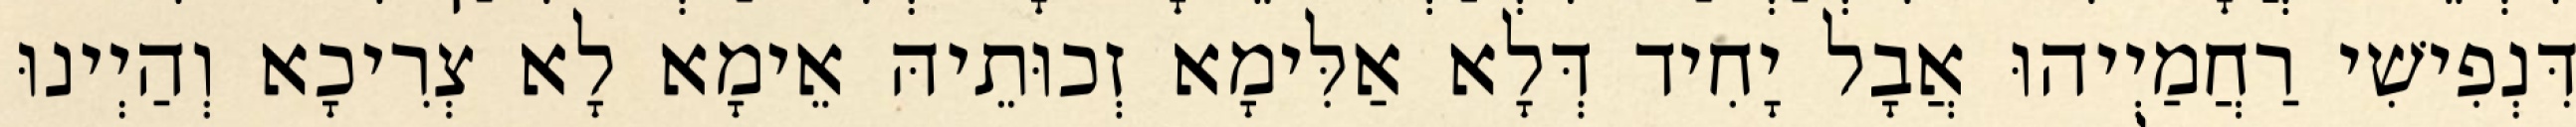
דִּנְפִישִׁי רַחֲמַיְיהוּ אֲבָל יָחִיד דְּלָא אַלִּימָא זְכוּתֵיהּ אֵימָא לָא צְרִיכָא וְהַיְינוּ